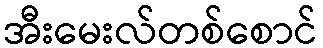
အီးမေးလ်တစ်စောင်